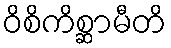
ဝိစိကိစ္ဆာမီတိ